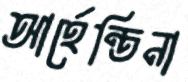
আর্হেন্তিনা